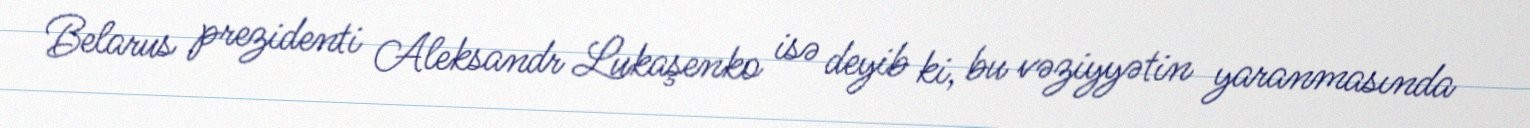
Belarus prezidenti Aleksandr Lukaşenko isə deyib ki, bu vəziyyətin yaranmasında